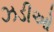
ઝડીઓ